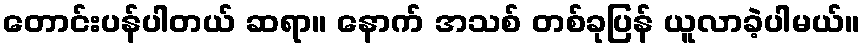
တောင်းပန်ပါတယ် ဆရာ။ နောက် အသစ် တစ်ခုပြန် ယူလာခဲ့ပါမယ်။